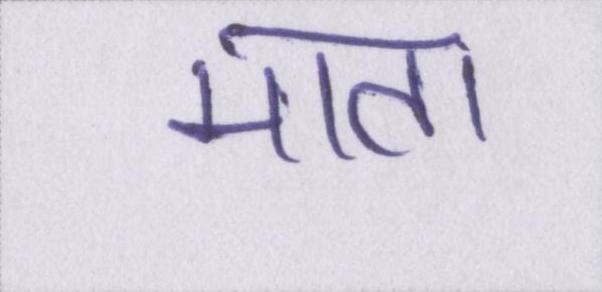
माता